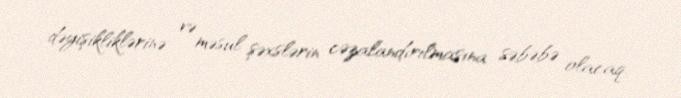
dəyişikliklərinə və məsul şəxslərin cəzalandırılmasına səbəbə olacaq.